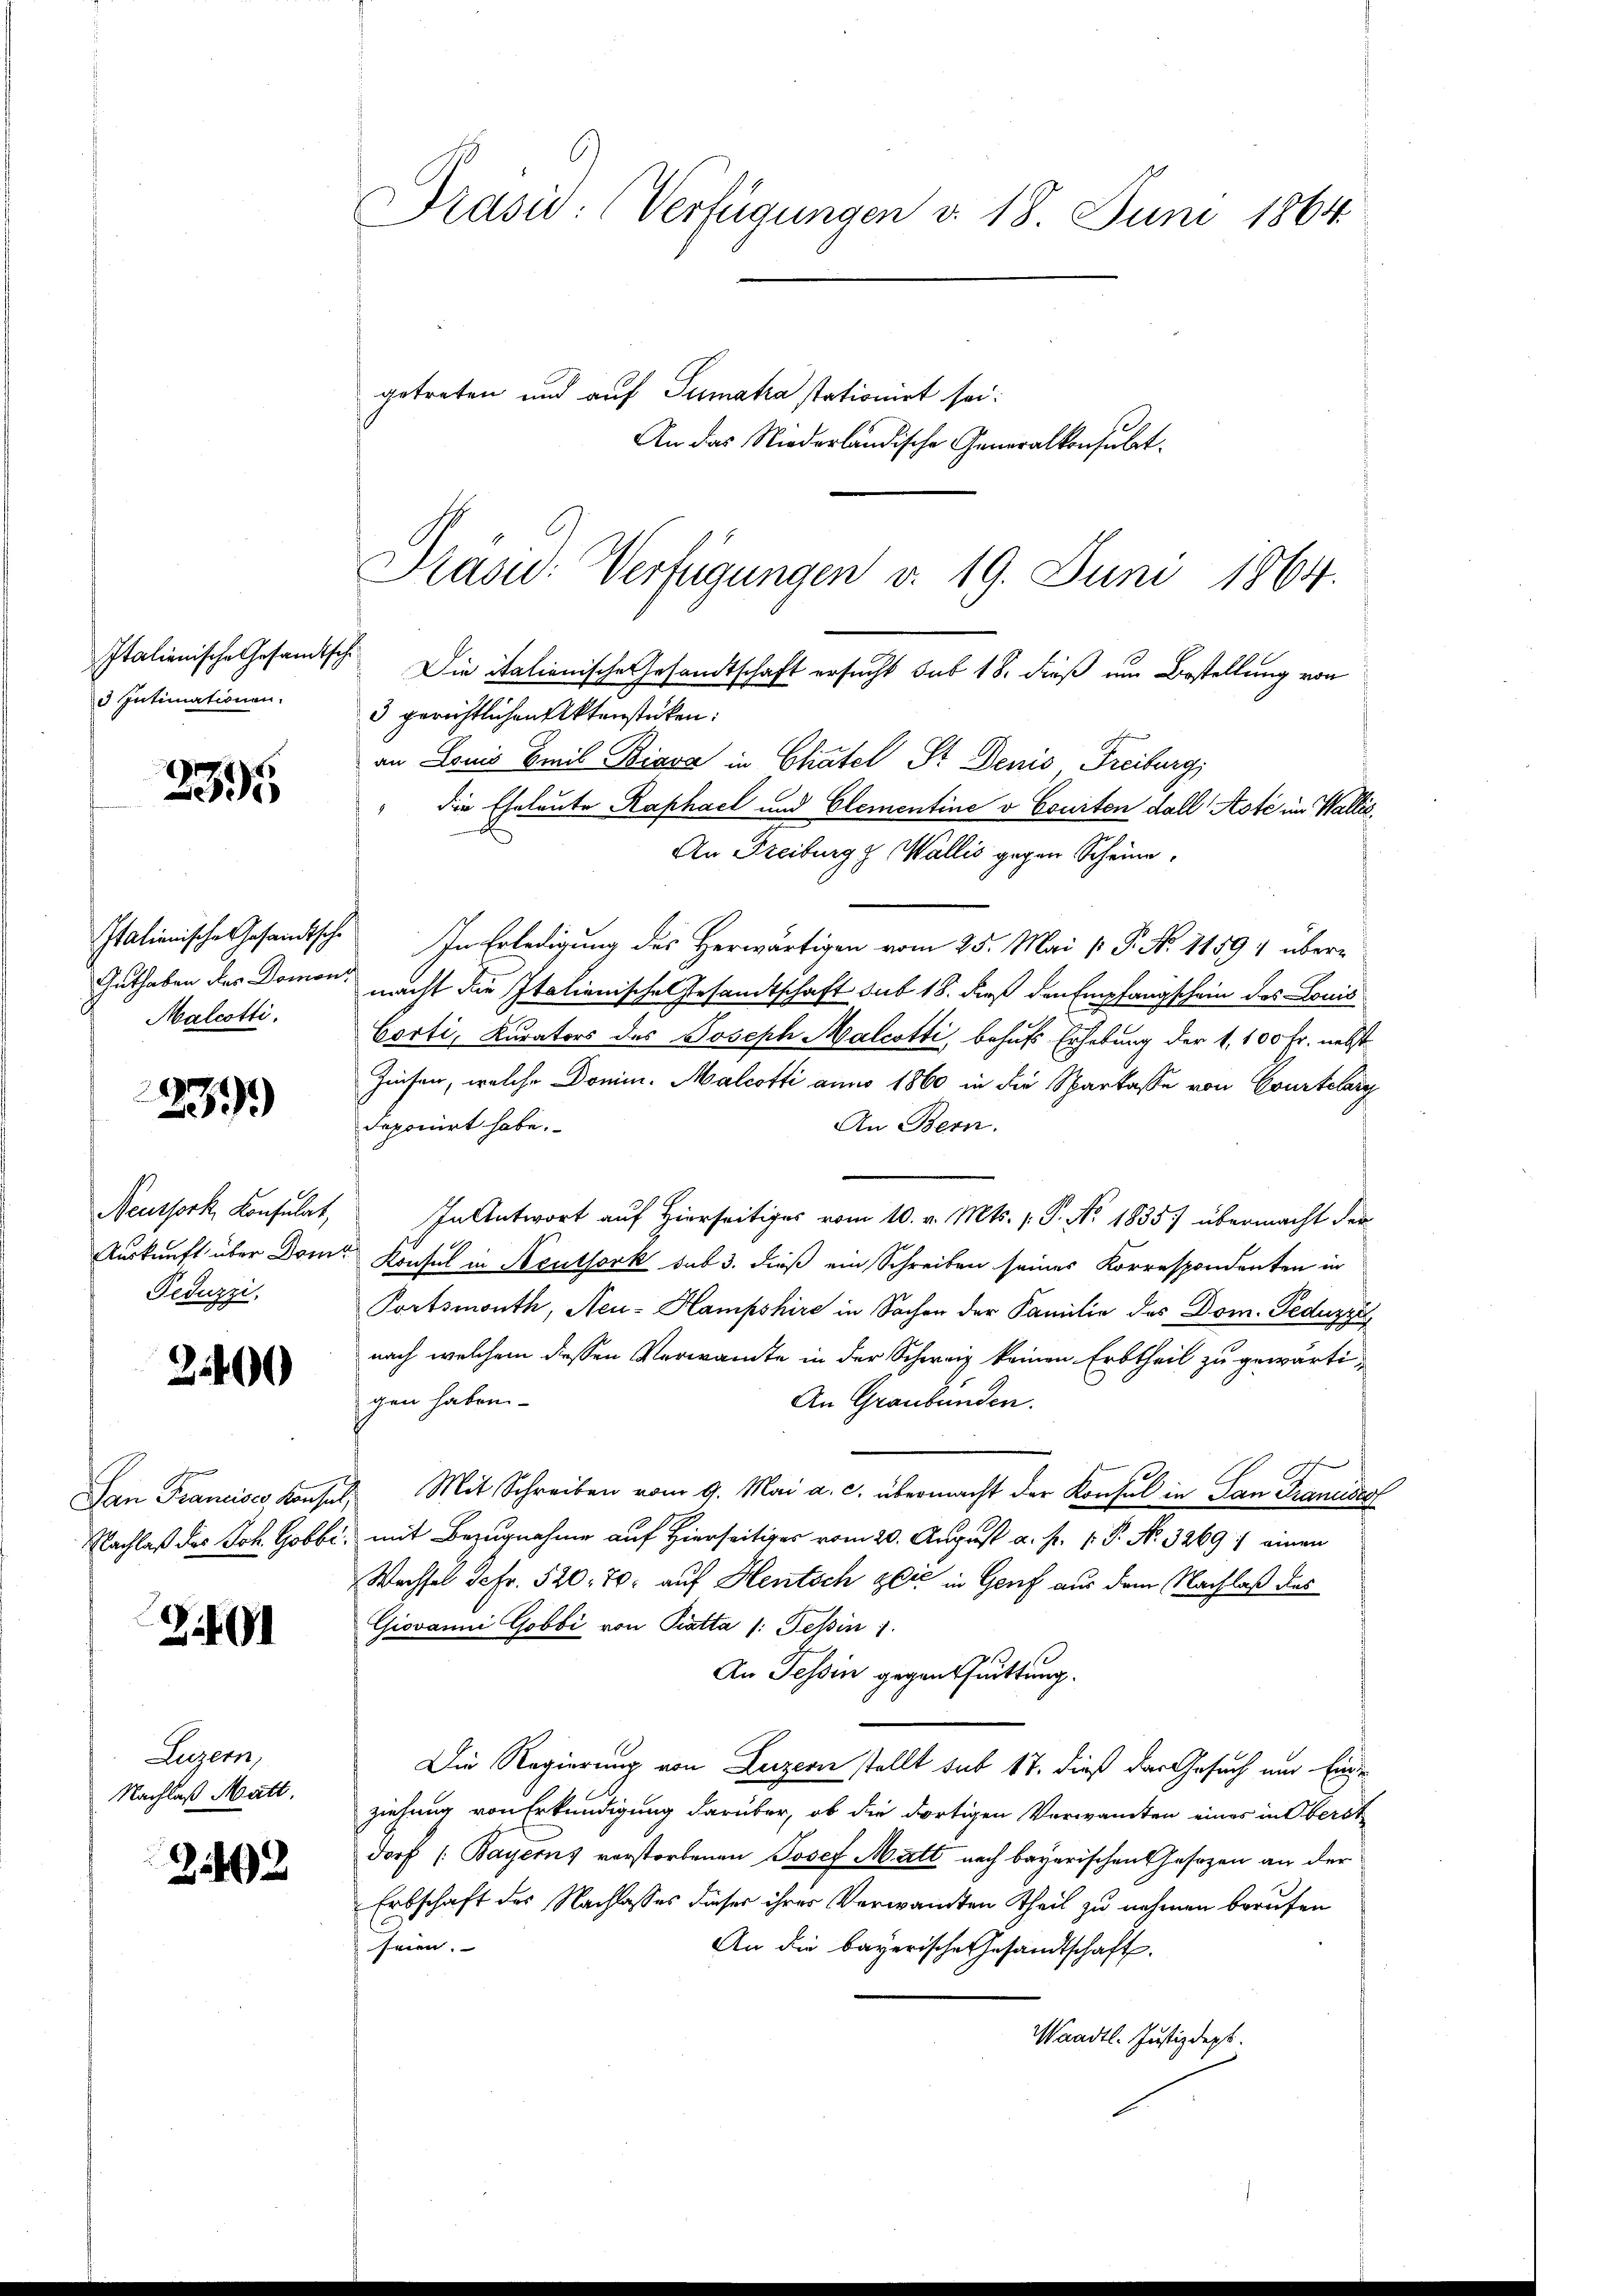
d Intimationen.

3395

Italienische Gesandtsche
Malcotti.

239)

Neussork, Konsulat,
Auskunft über Domt
Feduzzi,

2400

San Francises Konser
Nachlaß des Joh. Hobbe

2101

Luzern,
Nachlaß Matt.

242

Prasi: (Verfügungen v. 18. Juni 1864.
getreten und auf Sumaka stationirt sei:
An das Niederländische Generalkonsulat¬

Kasu: Verfügungen v. 19. Juni 1864.
Italienische Gesamtsch. Die italienische Gesandtschaft ersucht sub 18. dieß um Bestellung von

3 gerichtlichen Aktenstücken:
an Louis Emil Biava in Chatel Sr. Denis Freiburg,
die Eheleute Raphael und Clementine v. Courten dall Note im Wallis,
An Freiburg z. Wallis gegen Scheine
In Erledigung des Herwärtigen vom 25. Mai [ P. No 11591 über¬
Guthaben der Domon nacht die Italienisches Gesamtschaft sub 18. dieß den Empfangschein des Bonis
Corti, Kurators des Joseph Malcotti, behufs Erhebung der 1. 100 Fr. nebst
Zinsen, welche Domin. Malcotti anno 1860 in die Sparkasse von Courtelary
An Bern.
deponirt habe.
In Antwort auf Hierseit vom 10. v. Mts. 1. P. No. 1835) übermacht der
Konsul in Aeuthork sub 3. dieß ein Schreiben seines Korrespondenten in
Portsmouth, Neu-Hampshire in Sachen der Familie des Dom. Peduzie
nach welchem dessen Verwandte in der Schweiz keinen Erbtheil zu gewärtigen haben.
An Graubünden.
f
Mit Schreiben vom 9. Mai a. c. übermacht der Konsul in San Francsest
mit Bezugnahme auf Hierseitiger vom 20. August a. p. P. Nr. 3269 :/ einen
Wechsel da Fr. 520. 70. auf Hentsch zeit in Genf aus dem Nachlaß das
Giovanni Gobbi von Pratta /: Tessin
An Tessin gegenthuittung.
Die Regierung von Luzern stellt sub 17. dieß der Gesuch und Eine
ziehung von Erkundigung darüber, ob die dortigen Verwandten eines in Oberst
dorf (Bayerns verstorbenen Josef Matt nach bayerischen Gesezen an der
Erbschaft des Nachlasses dieser ihrer Verwandten Theil zu nehmen berufen
seien.
An die bayerische Gesandtschaft.
Waadt. Justizdept.